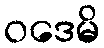
ဝဒေမိ